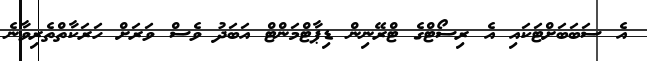
އެ ސަބަބަށްޓަކައި އެ ރިސޯޓްގެ ޓްރޭނިން ޑިޕާޓްމަންޓް އަބަދު ވެސް ވަރަށް ހަރަކާތްތެރިވާނެ